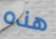
هذه